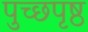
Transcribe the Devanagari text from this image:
पुच्छपृष्ठ